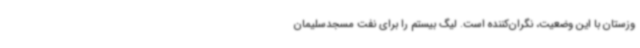
وزستان با این وضعیت، نگران‌کننده است. لیگ بیستم را برای نفت مسجدسلیمان